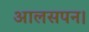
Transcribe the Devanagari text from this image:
आलसपन।